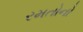
રમતોનો